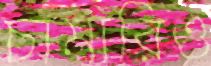
চামারিও